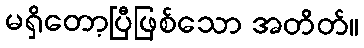
မရှိတော့ပြီဖြစ်သော အတိတ်။